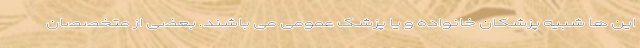
این ها شبیه پزشکان خانواده و یا پزشک عمومی می باشند. بعضی از متخصصان